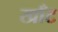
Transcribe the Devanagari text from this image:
खाँट